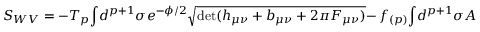
S _ { W V } = - T _ { p } { \int } d ^ { p + 1 } \sigma e ^ { - { \phi } / 2 } \sqrt { \operatorname * { d e t } ( h _ { \mu \nu } + b _ { \mu \nu } + 2 \pi F _ { \mu \nu } ) } - \nonumber \, f _ { ( p ) } { \int } d ^ { p + 1 } \sigma A _ { ( p + 1 ) }